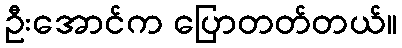
ဦးအောင်က ပြောတတ်တယ်။